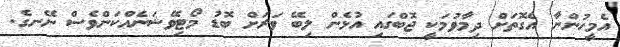
އެމީހުންނާ އެގޮތަށް ދިމާވުމަކީ ޖޮބްގައި އުޅެން ލިބޭ ވަރަށް ބޮޑު މޯޓިވޭޝަނެއްކަންވެސް ނޭނގެ.